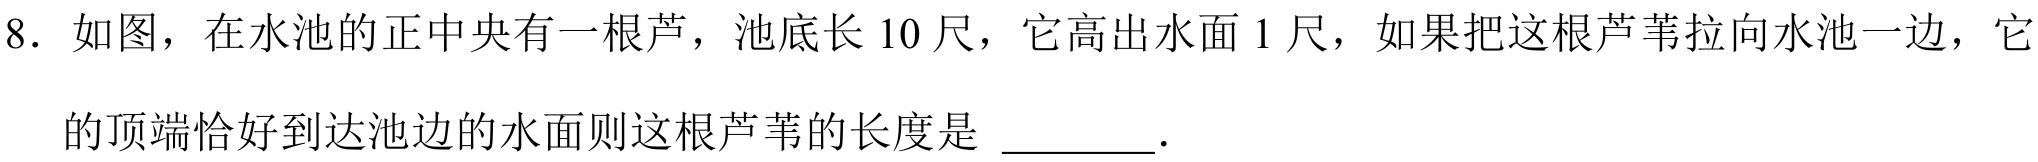
8. 如图，在水池的正中央有一根芦，池底长 \(10\) 尺，它高出水面 \(1\) 尺，如果把这根芦苇拉向水池一边，它
的顶端恰好到达池边的水面则这根芦苇的长度是 \_\_\_\_\_ .